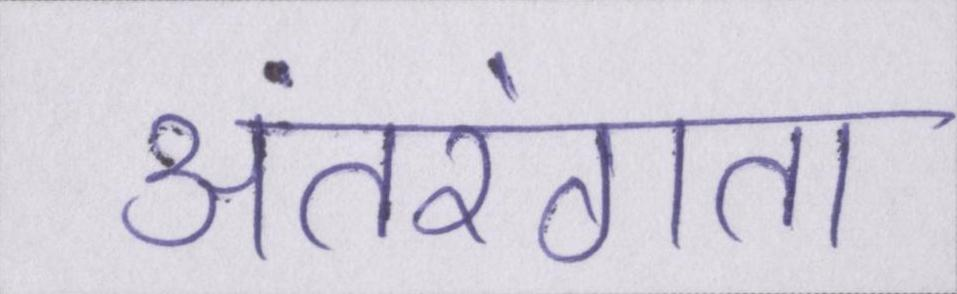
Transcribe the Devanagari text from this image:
अंतरंगता